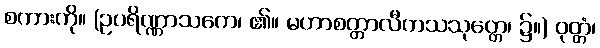
စကားကို။ (ဥပရိဏ္ဏာသကေ၊ ၏။ မဟာစတ္တာလီကသသုတ္တေ၊ ၌။) ဝုတ္တံ၊